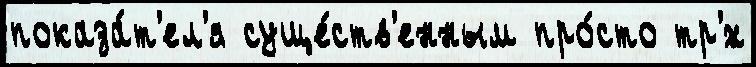
показа́т'ел'я суще́ств'енным про́сто тр'́х